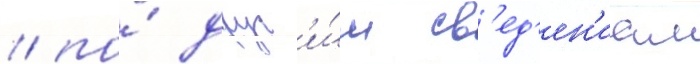
/ по́ друг'и́м св'ед'ен'иам